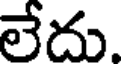
లేదు.